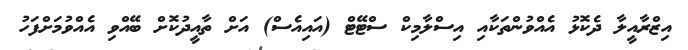
އިޒްރާއީލާ ދެކޮޅު އެއްވުންތަކާއި އިސްލާމިކް ސްޓޭޓް (އައިއެސް) އަށް ތާއީދުކޮށް ބޭއްވި އެއްވުމަށްފަހު